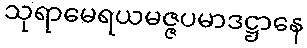
သုရာမေရယမဇ္ဇပမာဒဋ္ဌာနေ